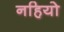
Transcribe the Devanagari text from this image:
नहियो